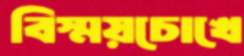
বিস্ময়চোখে